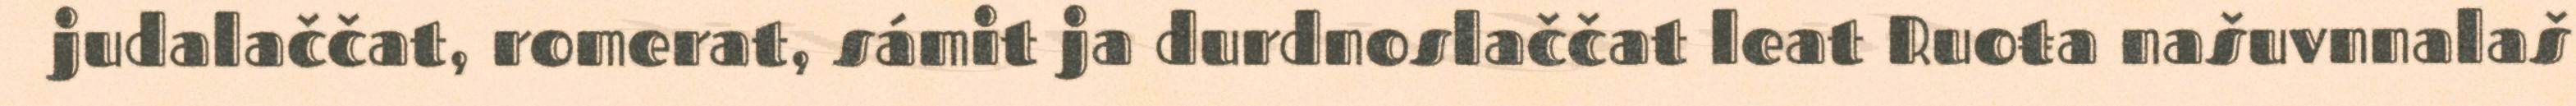
judalaččat, romerat, sámit ja durdnoslaččat leat Ruoŧa našuvnnalaš